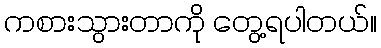
ကစားသွားတာကို တွေ့ရပါတယ်။